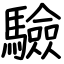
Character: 驗